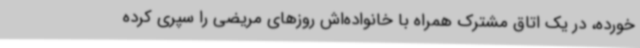
خورده، در یک اتاق مشترک همراه با خانواده‌اش روزهای مریضی را سپری کرده